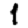
Digit: 1